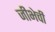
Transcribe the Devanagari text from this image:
जीभेची